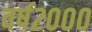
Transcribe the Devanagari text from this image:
वर्ष२०००